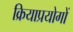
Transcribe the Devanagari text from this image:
क्रियाप्रयोगों